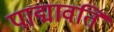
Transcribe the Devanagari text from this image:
पाद्मावति